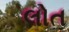
લોત